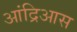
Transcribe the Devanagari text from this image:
आंद्रिआस